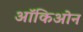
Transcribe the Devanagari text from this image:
ऑकिओन